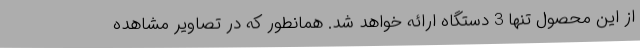
از این محصول تنها 3 دستگاه ارائه خواهد شد. همانطور که در تصاویر مشاهده